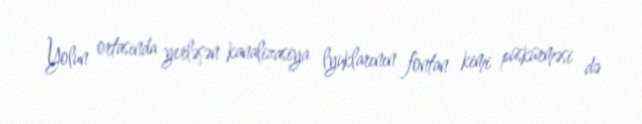
Yolun ortasında yerləşən kanalizasiya lyuklarının fontan kimi püskürməsi də